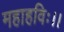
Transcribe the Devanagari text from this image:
महाहविः।।